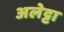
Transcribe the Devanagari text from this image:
अलेट्टा